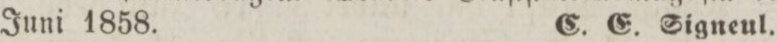
Juni 1858. C. E. Signeul.